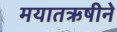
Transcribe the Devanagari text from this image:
मयातऋषीने